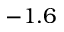
- 1 . 6